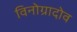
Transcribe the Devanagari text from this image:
विनोग्रादोव